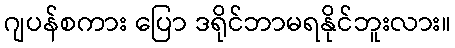
ဂျပန်စကား ပြော ဒရိုင်ဘာမရနိုင်ဘူးလား။